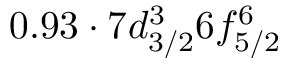
0 . 9 3 \cdot 7 d _ { 3 / 2 } ^ { 3 } 6 f _ { 5 / 2 } ^ { 6 }